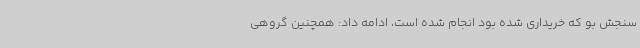
سنجش بو که خریداری شده بود انجام شده است، ادامه داد: همچنین گروهی